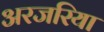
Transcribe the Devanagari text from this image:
अरजरिया